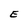
Character: E